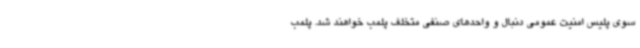
سوی پلیس امنیت عمومی دنبال و واحدهای صنفی متخلف پلمب خواهند شد. پلمب